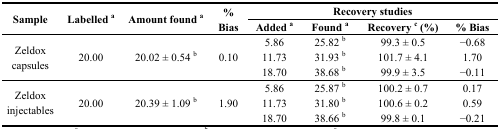
| <ROWSPAN=2> Sample | <ROWSPAN=2> Labelleda | <ROWSPAN=2> Amount founda | <ROWSPAN=2> % Bias | <COLSPAN=4> Recovery studies |
 | Addeda | Founda | Recoveryc (%) | % Bias |
 | --- | --- | --- | --- | --- | --- | --- | --- |
 | <ROWSPAN=3> Zeldox capsules | <ROWSPAN=3> 20.00 | <ROWSPAN=3> 20.02 ± 0.54 b | <ROWSPAN=3> 0.10 | 5.86 | 25.82 b | 99.3 ± 0.5 | −0.68 |
 | 11.73 | 31.93 b | 101.7 ± 4.1 | 1.70 |
 | 18.70 | 38.68 b | 99.9 ± 3.5 | −0.11 |
 | <ROWSPAN=3> Zeldox injectables | <ROWSPAN=3> 20.00 | <ROWSPAN=3> 20.39 ± 1.09 b | <ROWSPAN=3> 1.90 | 5.86 | 25.87 b | 100.2 ± 0.7 | 0.17 |
 | 11.73 | 31.80 b | 100.6 ± 0.2 | 0.59 |
 | 18.70 | 38.66 b | 99.8 ± 0.1 | −0.21 |